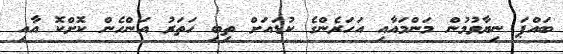
ބައްޕަ ނިޔާވުމުން މަންމައާއި އަހަރެންގެ ކުޑައަށް ތިބި ހަތަރު އަންހެން ކޮށްކޮ އާއި